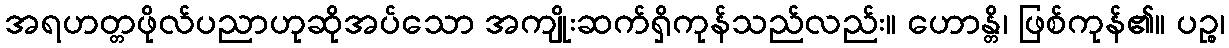
အရဟတ္တဖိုလ်ပညာဟုဆိုအပ်သော အကျိုးဆက်ရှိကုန်သည်လည်း။ ဟောန္တိ၊ ဖြစ်ကုန်၏။ ပဉ္စ၊